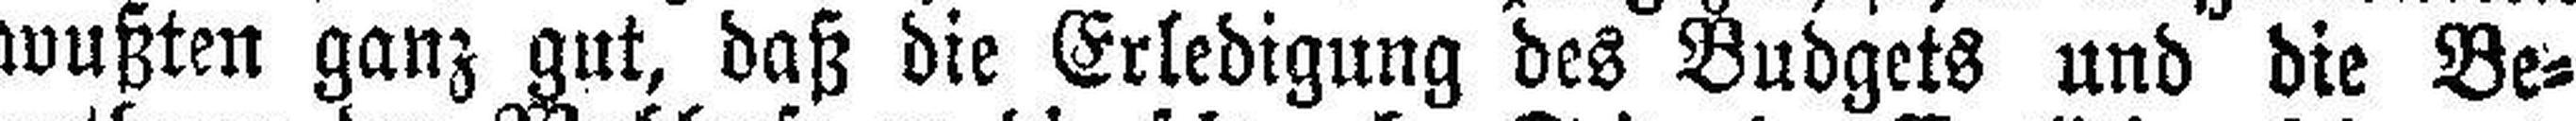
wußten ganz gut, daß die Erledigung des Budgets und die Be¬